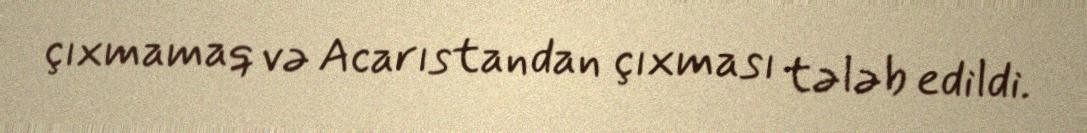
çıxmamaq və Acarıstandan çıxması tələb edildi.